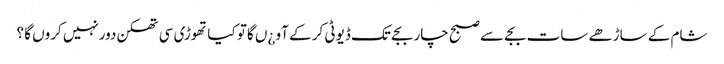
شام کے ساڑھے سات بجے سے صبح چار بجے تک ڈیوٹی کر کے آو ¿ں گا تو کیا تھوڑی سی تھکن دورنہیں کروں گا ؟